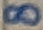
Text: 8